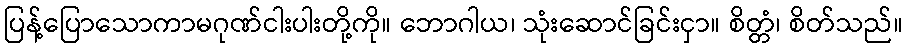
ပြန့်ပြောသောကာမဂုဏ်ငါးပါးတို့ကို။ ဘောဂါယ၊ သုံးဆောင်ခြင်းငှာ။ စိတ္တံ၊ စိတ်သည်။